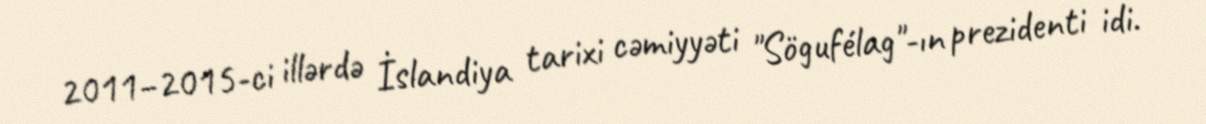
2011–2015-ci illərdə İslandiya tarixi cəmiyyəti "Sögufélag"-ın prezidenti idi.